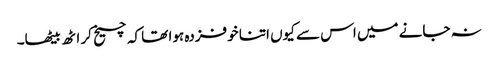
نہ جانے میں اس سے کیوں اتنا خوفزدہ ہوا تھا کہ چیخ کر اٹھ بیٹھا۔